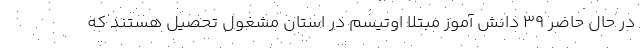
در حال حاضر ۳۹ دانش آموز مبتلا اوتیسم در استان مشغول تحصیل هستند که